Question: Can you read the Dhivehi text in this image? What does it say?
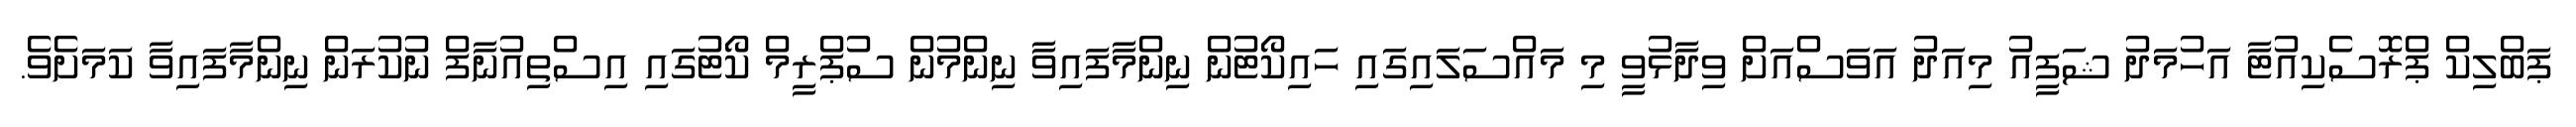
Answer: ޕަބްލިކް ޕްރޮސެކިއުޓާ އަހުމަދު ޝަފީއު މިއަދު އަވަސްއަށް ވިދާޅުވީ މި މައްސަލައިގައި ހައިކޯޓުން ނިންމާފައިވާ ނިންމުން ސުޕްރީމް ކޯޓުގައި އިސްތިއުނާފް ނުކުރަން ނިންމާފައިވާ ކަމަށެވެ.